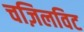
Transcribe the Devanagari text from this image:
चज़िलविट